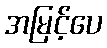
အမြင့်ပေ